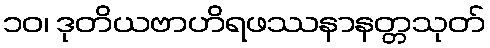
၁၀၊ ဒုတိယဗာဟိရဖဿနာနတ္တသုတ်